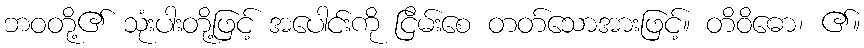
ဘဝတို့၏ သုံးပါးတို့ဖြင့် အပေါင်းကို ငြိမ်းစေ တတ်သောအားဖြင့်။ တိဝိဓော၊ ၏။